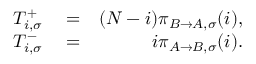
\begin{array} { r l r } { T _ { i , \sigma } ^ { + } } & { { } = } & { ( N - i ) \pi _ { B \to A , \sigma } ( i ) , } \\ { T _ { i , \sigma } ^ { - } } & { { } = } & { i \pi _ { A \to B , \sigma } ( i ) . } \end{array}